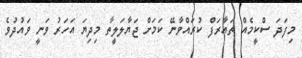
މިފަދަ ސްކީމެއް ތައާރަފް ކުރައްވާނޭ ކަމަށް ޖަޔާލަލީތާ މިދިޔަ އަހަރު ވަނީ ވައުދުވެ